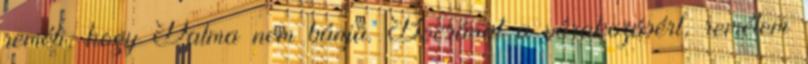
reméli, hogy Dalma nem bánja. Bocsánat a várakozásért, remélem